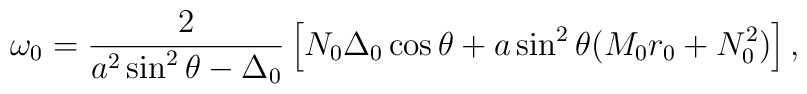
\omega_0=\frac{2}{a^2\sin^2\theta-\Delta_0}\left[N_0\Delta_0\cos\theta+a\sin^2\theta (M_0r_0+N_0^2)\right],